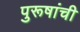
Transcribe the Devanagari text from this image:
पुरूषांची